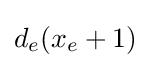
d_{e}(x_{e}+1)